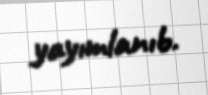
yayımlanıb.